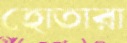
হোতারা